Civil Veterinary Dept. Assam report 1927-50 - 1927-1950
Year: 1927
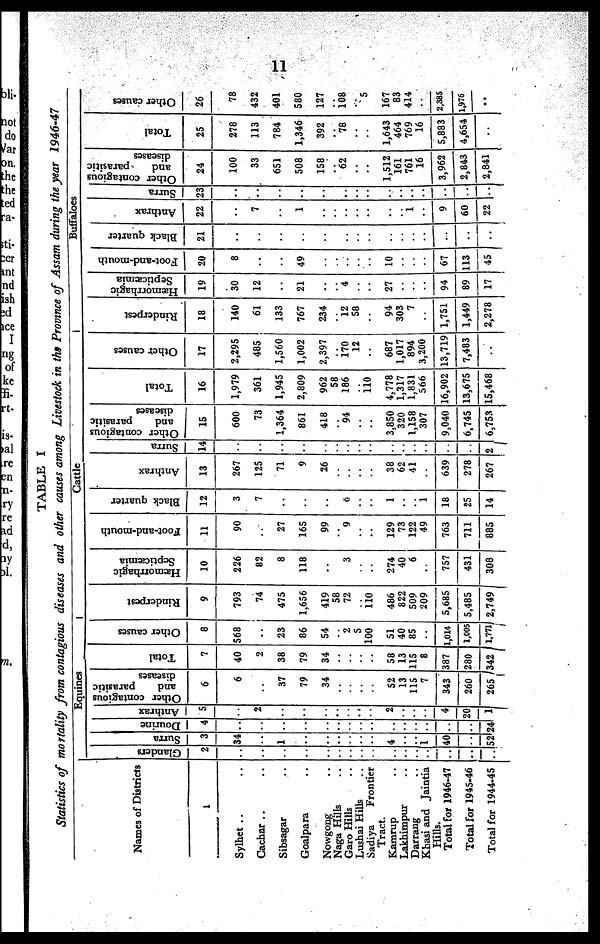
11
TABLE I
Statistics of mortality from contagious diseases and other causes among Livestock in the Province of Assam during the year 1946-47
Names of Districts
1
Sylhet .. ..
Cachar .. ..
Sibsagar ..
Goalpara ..
Nowgong ..
Naga Hills ..
Garo Hills ..
Lushai Hills ..
Sadiya
Frontier
Tract.
Kamrup ..
Lakhimpur ..
Darrabg ..
Khasi and Jaintia
Hills.
Total for 1946-47
Total for 1945-46
Total for 1944-45
Equines
Glanders
2
..
..
..
..
..
..
.. ..
..
..
..
..
..
..
..
..
Surra
3
34
..
1
..
..
..
.. ..
..
4
..
..
1
40
..
52
Dourine
4
..
..
..
..
..
..
.. ..
..
..
..
..
..
..
..
24
Anthrax
5
..
2
..
..
..
..
..
..
..
2
..
..
..
4
20
1
Other contagious
and
parasitic
diseases
6
6
..
37
79
34
..
.. ..
..
52
13
115
7
343
260
265
Total
7
40
2
38
79
34
..
.. ..
..
58
13
115
8
387
280
342
Other causes
8
568
..
23
86
54
..
2
5
100
51
40
85
..
1,014
1,005
1,771
Cattle
Rinderpest
9
793
74
475
1,656
419
58
72
..
110
486
822
509
209
5,685
5,485
2,749
Hæmorrhagic
Septicæmia
10
226
82
8
118
..
3
..
..
274
40
6
..
757
431
308
Foot-and-mouth
11
90
..
27
165
99
..
9
..
..
129
73
122
49
763
711
885
Black quarter
12
3
7
..
..
..
6
..
..
1
..
..
1
18
25
14
Anthrax
13
267
125
71
9
26
..
.. ..
..
38
62
41
..
639
278
267
Surra
14
..
..
..
..
..
..
.. ..
..
..
..
..
..
..
..
2
Other contagious
and
parasitic
diseases
15
600
73
1,364
861
418
..
94
..
..
3,850
320
1,158
307
9,040
6,745
6,753
Total
16
1,979
361
1,945
2,809
962
58
186
..
110
4,778
1,317
1,831
566
16,902
13,675
15,468
Other causes
17
2,295
485
1,560
1,002
2,397
..
170 12
..
687
1,017
894
3,200
13,719
7,483
..
Buffaloes
Rinderpest
18
140
61
133
767
234
..
12
58
..
94
303
7
..
1,751
1,449
2,278
Hæmorrhagic
Septicæmia
19
30
12
..
21
..
..
4
..
..
27
..
..
..
94
89
17
Foot-and-mouth
20
8
..
..
49
..
..
.. ..
..
10
..
..
..
67
113
45
Black quarter
21
..
..
..
..
..
..
.. ..
..
..
..
..
..
..
..
..
Anthrax
22
..
7
..
1
..
..
.. ..
..
..
..
1
..
9
60
22
Surra
23
..
..
..
..
..
..
.. ..
..
..
..
..
..
..
..
..
Other contagious
and
parasitic
diseases
24
100
33
651
508
158
..
62
..
..
1,512
161
761
16
3,962
2,843
2,841
Total
25
278
113
784
1,346
392
..
78
..
..
1,643
464
769
16
5,883
4,654
..
Other causes
26
78
432
401
580
127
..
108
..
..
167
83
414
..
2,385
1,976
..